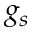
g _ { s }